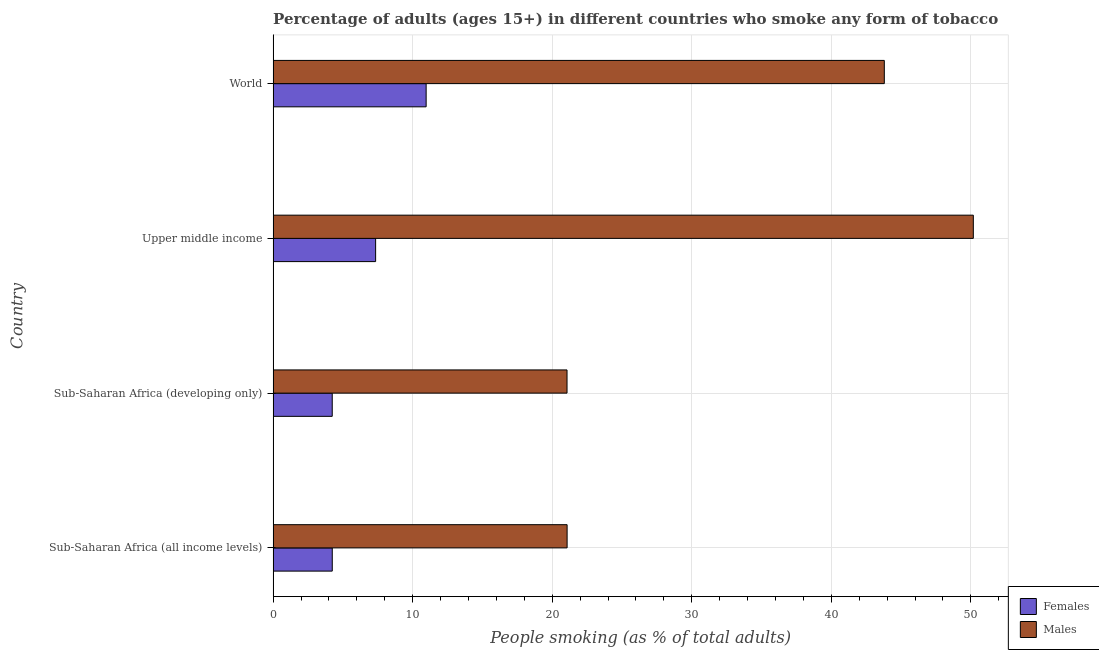
| Country | Females | Males |
 | --- | --- | --- |
 | Sub-Saharan Africa (all income levels) | 4.24 | 21.1 |
 | Sub-Saharan Africa (developing only) | 4.24 | 21.1 |
 | Upper middle income | 7.35 | 50.2 |
 | World | 11 | 43.8 |